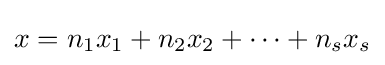
x=n_{1}x_{1}+n_{2}x_{2}+\cdots +n_{s}x_{s}